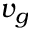
v _ { g }